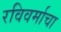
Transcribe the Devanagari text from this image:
रविवर्माचा